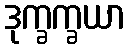
ဒုက္ခက္ခယာ